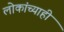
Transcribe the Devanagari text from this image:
लोकांच्याही